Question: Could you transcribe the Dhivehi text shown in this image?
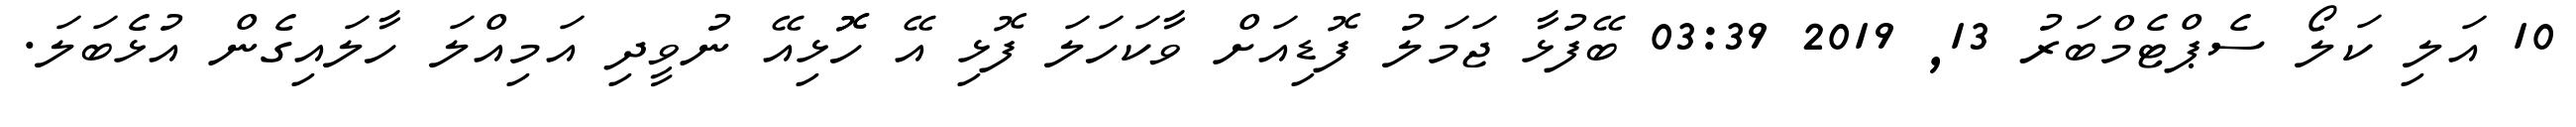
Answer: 10 އަލި ކަލޯ ސެޕްޓެމްބަރު 13, 2019 03:39 ބޭފުޅާ ޖަމަލު ފޮޑިއަށް ވާކަހަލަ ފޮޅި އޭ ހޮޮޅިއޭ ނުވީދި އަމިއްލަ ހާލައިގެން އުޅެބަލަ.